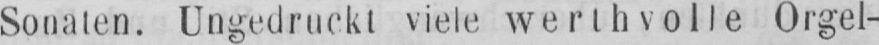
Sonaten. Ungedruckt viele werthvolle Orgel-